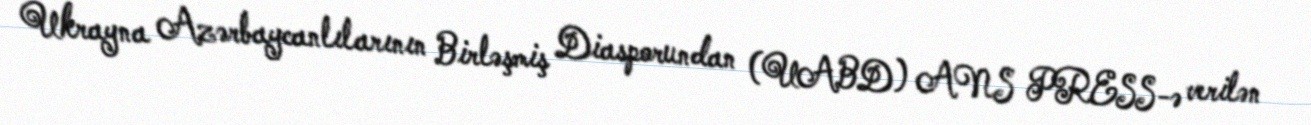
Ukrayna Azərbaycanlılarının Birləşmiş Diasporundan (UABD) ANS PRESS-ə verilən